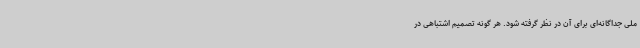
ملی جداگانه‌ای برای آن در نظر گرفته شود. هر گونه تصمیم اشتباهی در